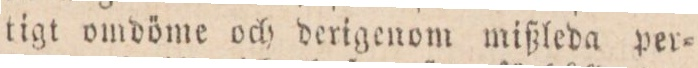
tigt omdöme och derigenom mißleda per=